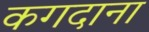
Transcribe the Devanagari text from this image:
कगदाना